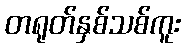
တရုတ်နှစ်သစ်ကူး